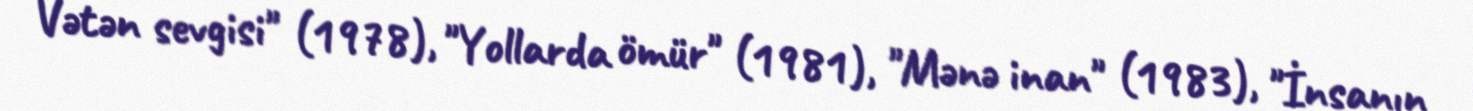
Vətən sevgisi" (1978), "Yollarda ömür" (1981), "Mənə inan" (1983), "İnsanın